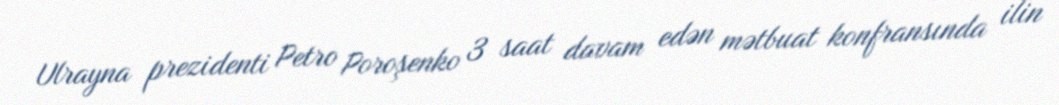
Ulrayna prezidenti Petro Poroşenko 3 saat davam edən mətbuat konfransında ilin